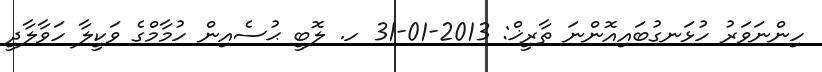
ހިންނަވަރު ހުޅަނގުބައިއޮންނަ ތާރީޚް: 2013-01-31 ހ. ލޮބީ ޙުސެއިން ހުމާމްގެ ވަކީލާ ހަވާލާދީ